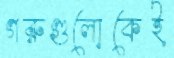
গরুগুলোকেই